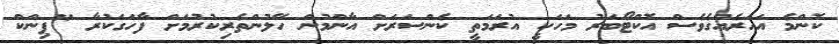
ކޮންމެ އަހަރެއްގެވެސް އޮކްޓޯބަރު މަހަކީ އުރަމަތީ ކެންސަރަށް އާންމުން ހޭލުންތެރިކުރުމަށް ފާހަގަކުރާ "ޕިންކް